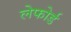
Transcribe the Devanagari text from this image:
लेफोर्ड